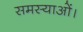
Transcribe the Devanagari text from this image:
समस्याओं।